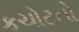
કચોટતો